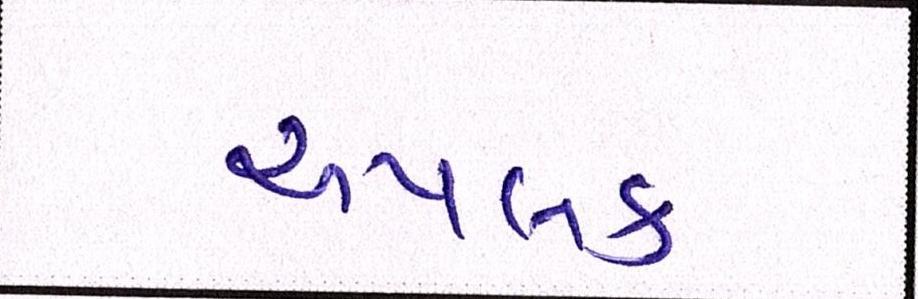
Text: અપલક